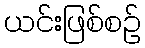
ယင်းဖြစ်စဉ်